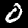
Label: 0